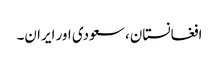
افغانستان، سعودی اور ایران۔